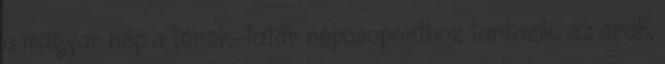
a magyar nép a török-tatár népcsoporthoz tartozik, az arab,